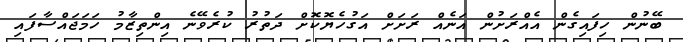
ބޭނުން ހިފައިގެން އެއްރަށުން އަނެއް ރަށަށް އަގުހެޔޮކޮށް ދަތުރު ކުރެވޭނެ އިންތިޒާމު ހަމަޖައްސާފައި